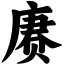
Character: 赓